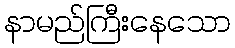
နာမည်ကြီးနေသော